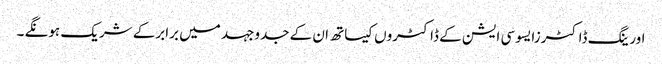
اورینگ ڈاکٹرزایسوسی ایشن کے ڈاکٹروں کیساتھ ان کے جدوجہد میں برابرکے شریک ہونگے ۔